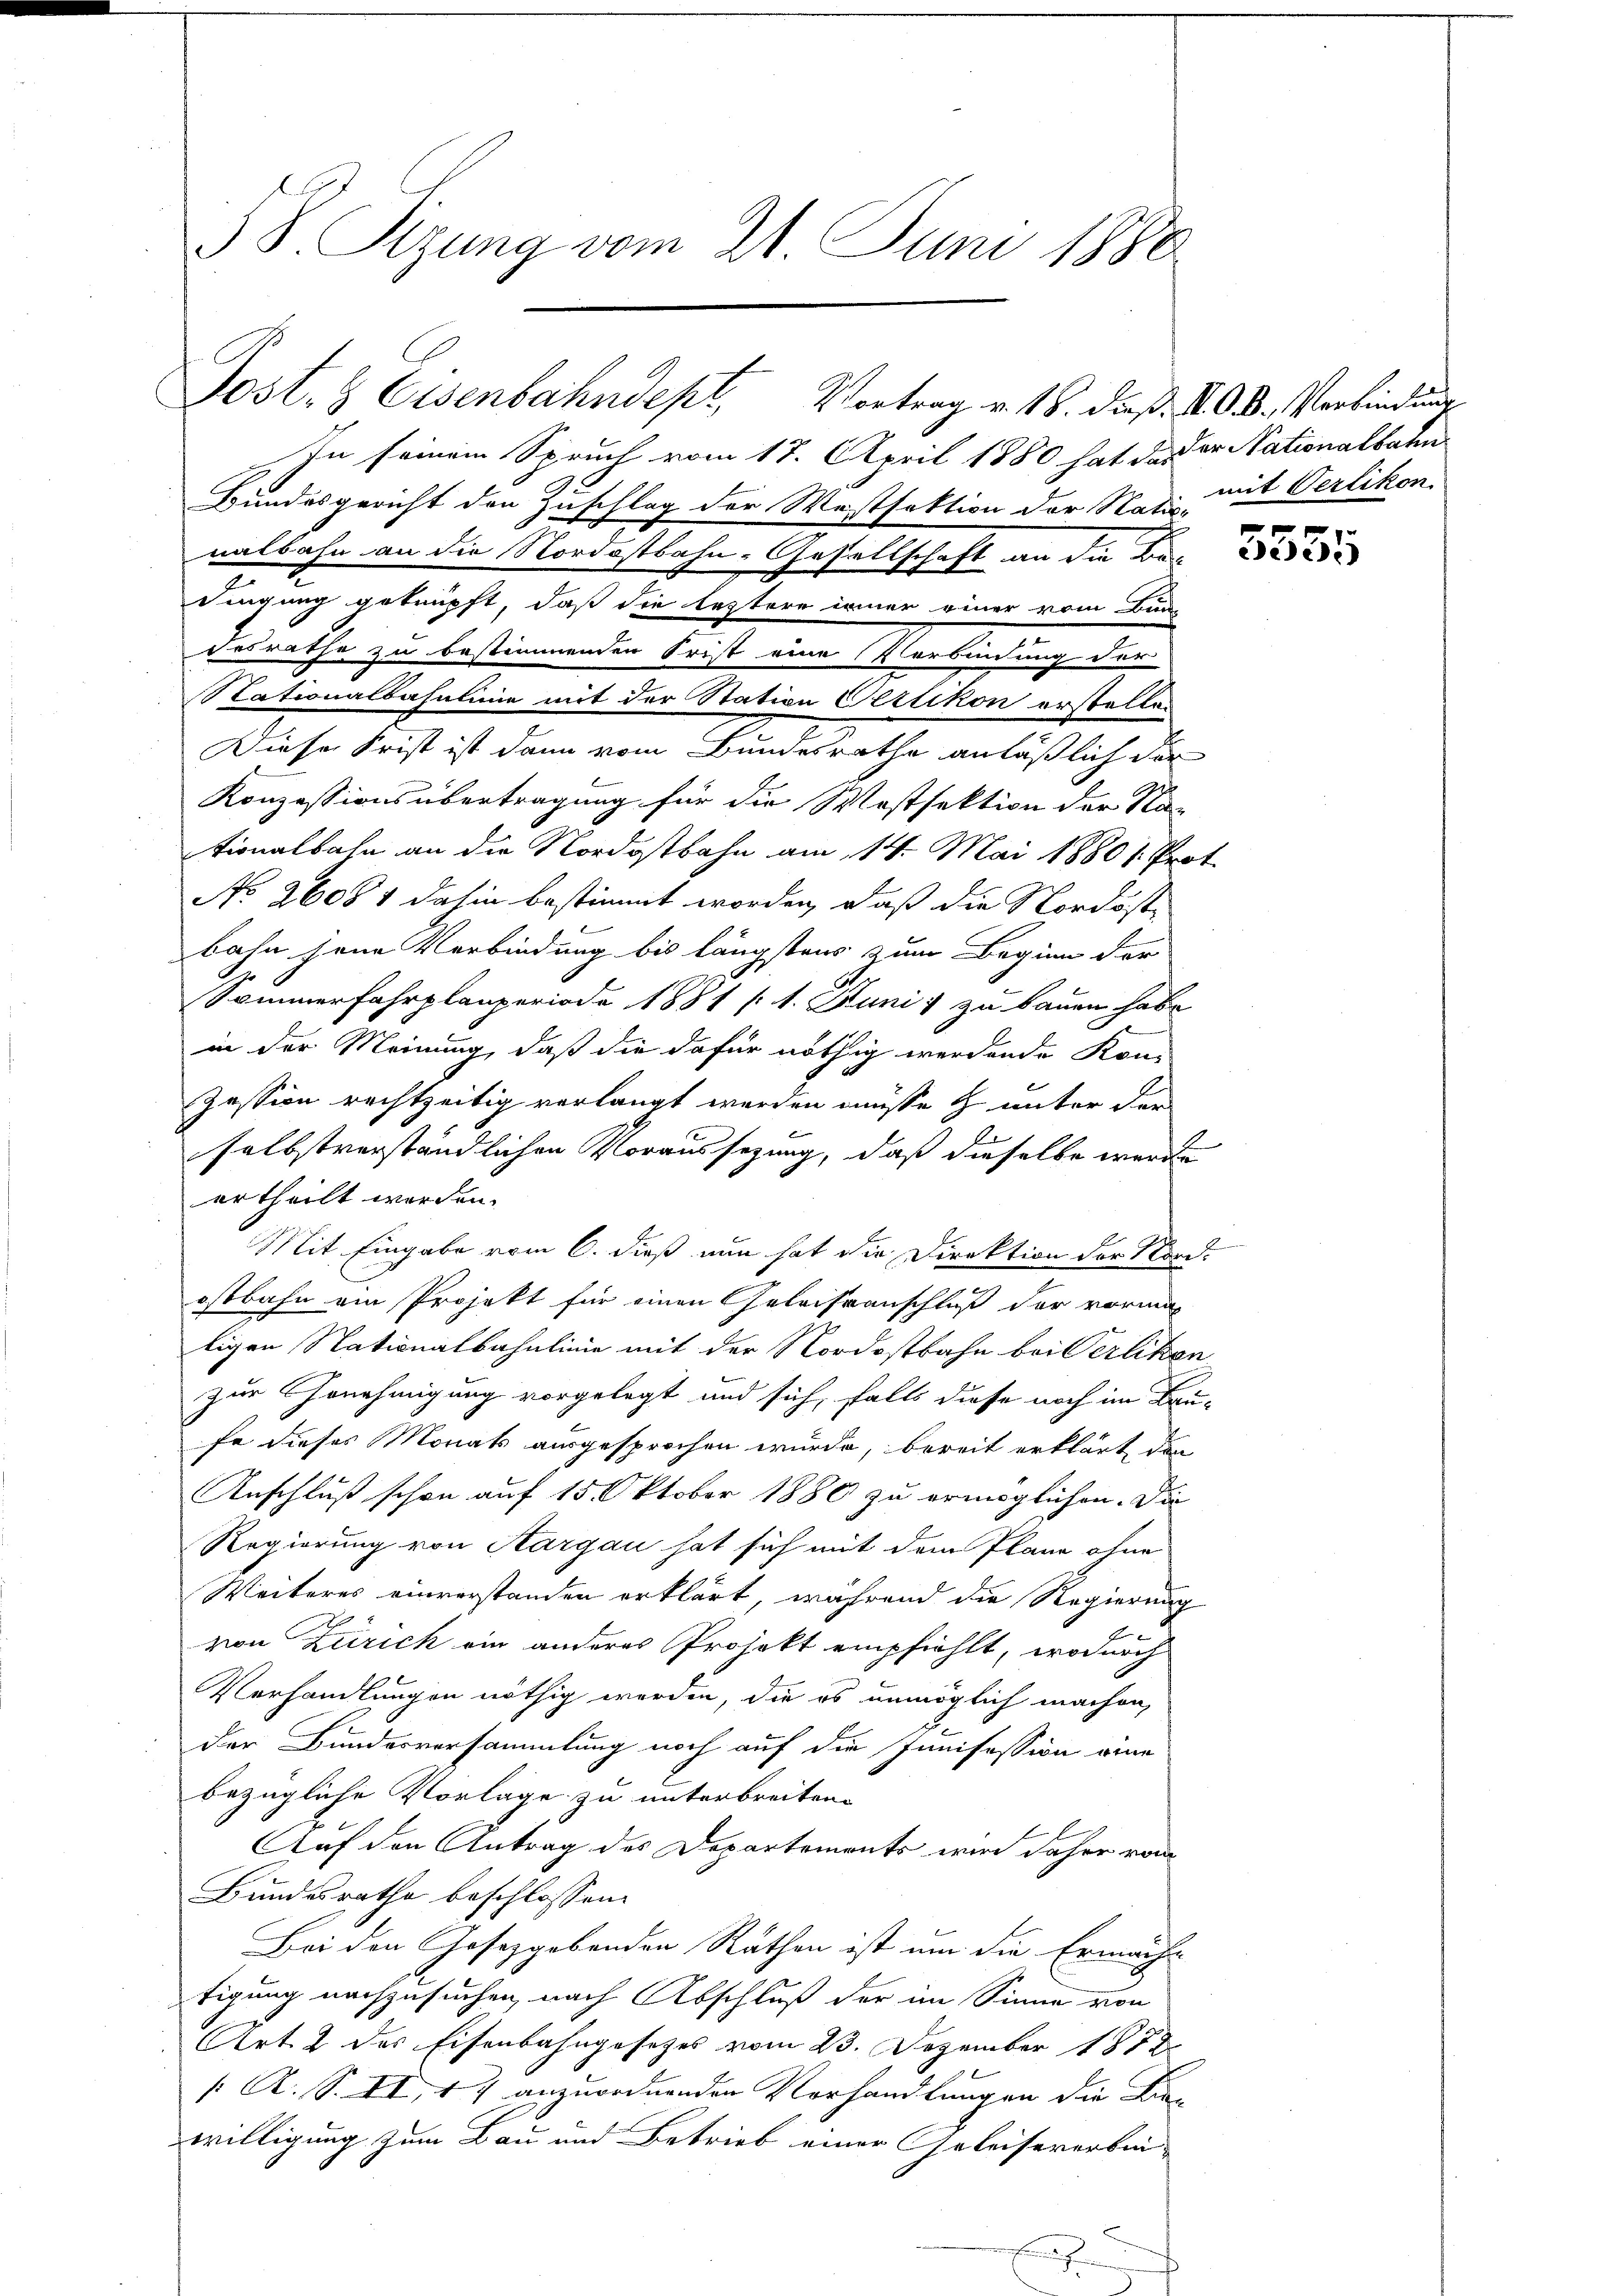
J S. Sizung vom 21. Juni 1880

Post- & Eisenbahndept, Vortrag v. 18. dieß. N. O. B. Verbindung
In seinem Spruch vom 17. April 1880 hat daß er Nationalbahn

Bundesgericht den Zuschlag der Westfaktion der Nati, mit Verlikon
nalbahn an die Nordostbahn-Gesellschaft an die Bedingung geknüpft, daß die leztere immer einer vom Bun
desrathe zu bestimmenden Frist eine Verbindung der
Stationalbahnlinie mit der Station Vertikon erstellen
Diese Frist ist dann vom Bundesrathe anläßlich der

Konzessionsübertragung für die Westsektion der Na-
tionalbahn an die Nordostbahn am 14. Mai 1880 s. Prot
No 26081 dahin bestimmt worden, daß die Nordostbahn jene Verbindung bis längstens zum Beginn der
Sommerfahrplanperiode 1881 [1. Juni 1 zu bauen habe
in der Meinung, daß die dafür nöthig werdende Kon-
zession rechtzeitig verlangt werden müsse & unter der
selbstverständlichen Voraussezung, daß dieselbe werde
ertheilt worden.
Mit Eingabe vom 6. dieß nun hat die Direktion der Nord-
ostbahn ein Projekt für einen Geleistanschluß der vormal
tigen Nationalbahnlinie mit der Nordostbahn bei Verlikon
zur Genehmigung vorgelegt und sich, falls diese noch im Bau-
fe dieses Monats ausgesprochen wurde, bereit erklärt den
Anschluß schon auf 15. Oktober 1880 zu ermöglichen. Die
Regierung von Aargau hat sich mit dem Plane ohne
Weiteres einverstanden erklärt, während die Regierung
von Zürich ein anderes Projekt empfiehlt, wodurch
Verhandlungen nöthig werden, die es unmöglich machen,
der Bundesversammlung noch auf die Innifession eine
bezügliche Vorlage zu unterbreiten.
Auf den Antrag des Departements wird daher vom
Bundesrathe beschlossen:
Bei den Josezgebenden Räthen ist um die Ermäch-
tigung nachzusuchen, nach Abschluß der im Sinne von
Art. 2 des Eisenbahngesetzes vom 23. Dezember 1872
[ A. S. II, 17 anzuordnenden Verhandlungen die Bie-
willigung zum Bau und Betrieb einer Geleisererbin-

e

t

35

e